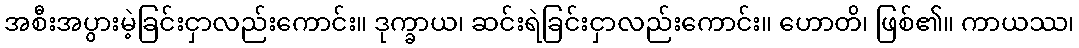
အစီးအပွားမဲ့ခြင်းငှာလည်းကောင်း။ ဒုက္ခာယ၊ ဆင်းရဲခြင်းငှာလည်းကောင်း။ ဟောတိ၊ ဖြစ်၏။ ကာယဿ၊